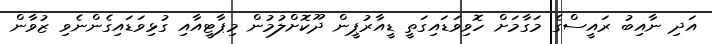
އަދި ނާއިބު ރައީސްގެ މަގާމަށް ހޮވިވަޑައިގަތީ ޑީއާރުޕީން ދޫކޮށްލުމުން މިޕާޓީއާއި ގުޅިވަޑައިގެންނެވި ޒުވާން